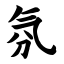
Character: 氛